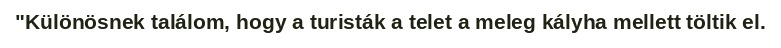
"Különösnek találom, hogy a turisták a telet a meleg kályha mellett töltik el.